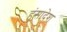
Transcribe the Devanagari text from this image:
हंसादेश